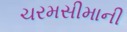
ચરમસીમાની